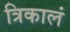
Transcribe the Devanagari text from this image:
त्रिकालं